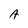
Character: A